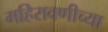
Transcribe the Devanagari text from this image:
महिरावणीच्या